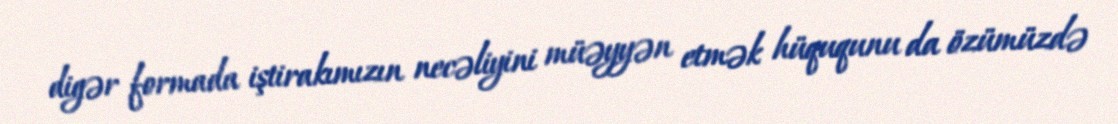
digər formada iştirakımızın necəliyini müəyyən etmək hüququnu da özümüzdə